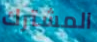
المشترك